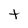
Character: t